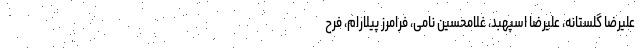
علیرضا گلستانه، علیرضا اسپهبد، غلامحسین نامی، فرامرز پیلارام، فرح